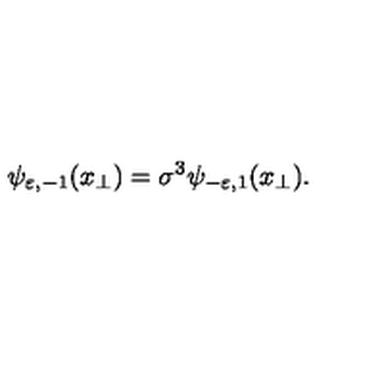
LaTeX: \psi _ { \varepsilon , - 1 } ( x _ { \perp } ) = \sigma ^ { 3 } \psi _ { - \varepsilon , 1 } ( x _ { \perp } ) .